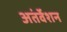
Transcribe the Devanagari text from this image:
अतंर्वेशन